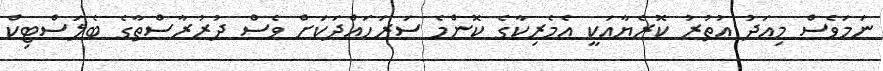
ނަމަވެސް މިއަދު އުތުރު ކޮރެޔާއަކީ އެމެރިކާގެ ކޮންމެ ސަރަހައްދަކަށް ވެސް ދުރުރާސްތާގެ ބެލަސްޓިކް